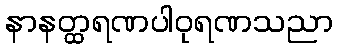
နာနတ္ထရဏပါဝုရဏသညာ